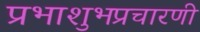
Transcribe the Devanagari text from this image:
प्रभाशुभप्रचारणी